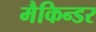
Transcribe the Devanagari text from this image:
मैकिन्डर